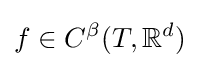
f\in C^{\beta }(T,\mathbb {R} ^{d})